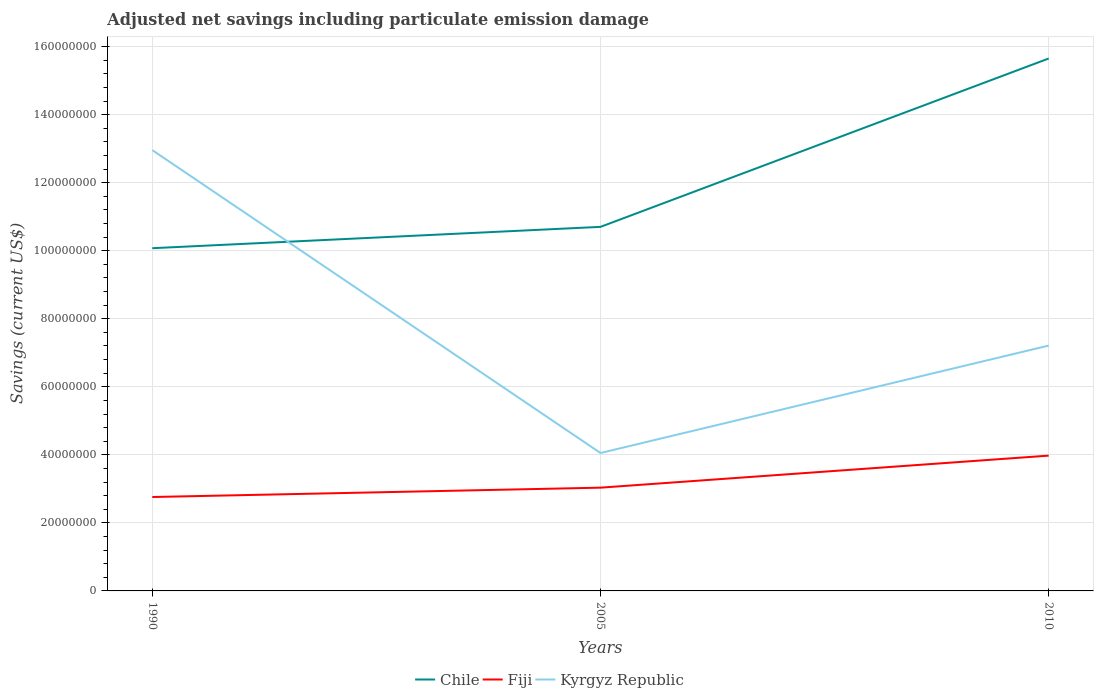
| Years | Chile | Fiji | Kyrgyz Republic |
 | --- | --- | --- | --- |
 | 1990 | 1.01e+08 | 2.76e+07 | 1.3e+08 |
 | 2005 | 1.07e+08 | 3.04e+07 | 4.05e+07 |
 | 2010 | 1.56e+08 | 3.98e+07 | 7.21e+07 |